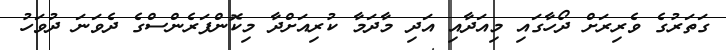
ގަތަރުގެ ވެރިރަށް ދޯހާގައި މިއަދާއި އަދި މާދަމާ ކުރިއަށްދާ މިކޮންފަރެންސްގެ ދެވަނަ ދުވަހު